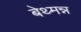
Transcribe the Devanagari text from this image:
बेथ्मन्न